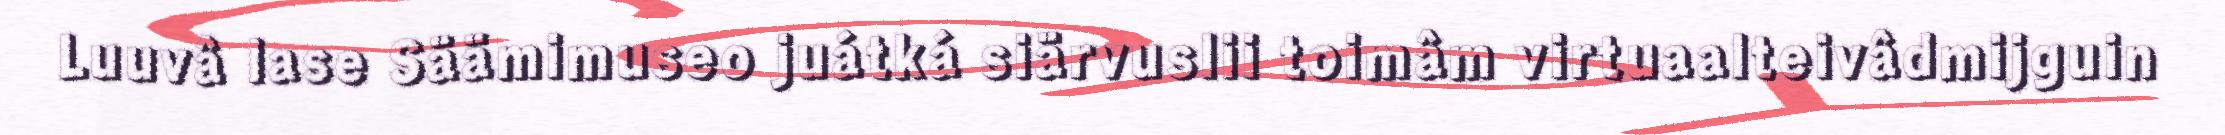
Luuvâ lase Säämimuseo juátká siärvuslii toimâm virtuaalteivâdmijguin